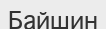
Байшин